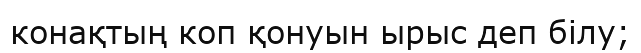
конақтың коп қонуын ырыс деп білу;